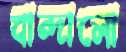
বান্দালো